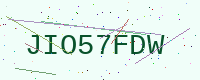
Text: JIO57FDW